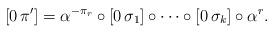
LaTeX: \begin{align*}[0\,\pi']=\alpha^{-\pi_r}\circ [0\,\sigma_1] \circ \cdots \circ [0\,\sigma_k] \circ \alpha^r.\end{align*}